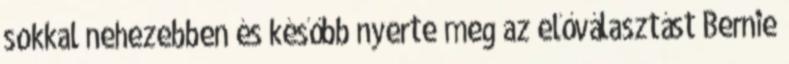
sokkal nehezebben és később nyerte meg az előválasztást Bernie